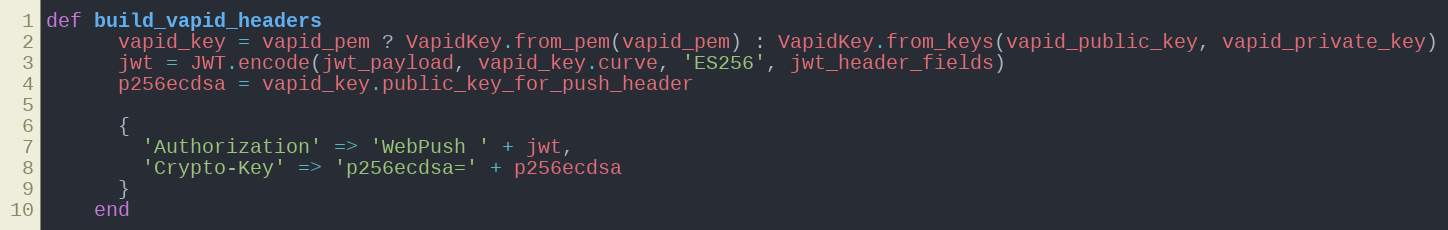
Language: Ruby
def build_vapid_headers
      vapid_key = vapid_pem ? VapidKey.from_pem(vapid_pem) : VapidKey.from_keys(vapid_public_key, vapid_private_key)
      jwt = JWT.encode(jwt_payload, vapid_key.curve, 'ES256', jwt_header_fields)
      p256ecdsa = vapid_key.public_key_for_push_header

      {
        'Authorization' => 'WebPush ' + jwt,
        'Crypto-Key' => 'p256ecdsa=' + p256ecdsa
      }
    end